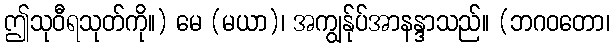
ဤသုဝီရသုတ်ကို။) မေ (မယာ)၊ အကျွန်ုပ်အာနန္ဒာသည်။ (ဘဂဝတော၊